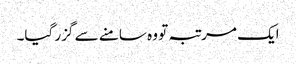
ایک مرتبہ تو وہ سامنے سے گزر گیا۔